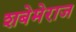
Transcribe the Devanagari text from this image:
शबेमेराज